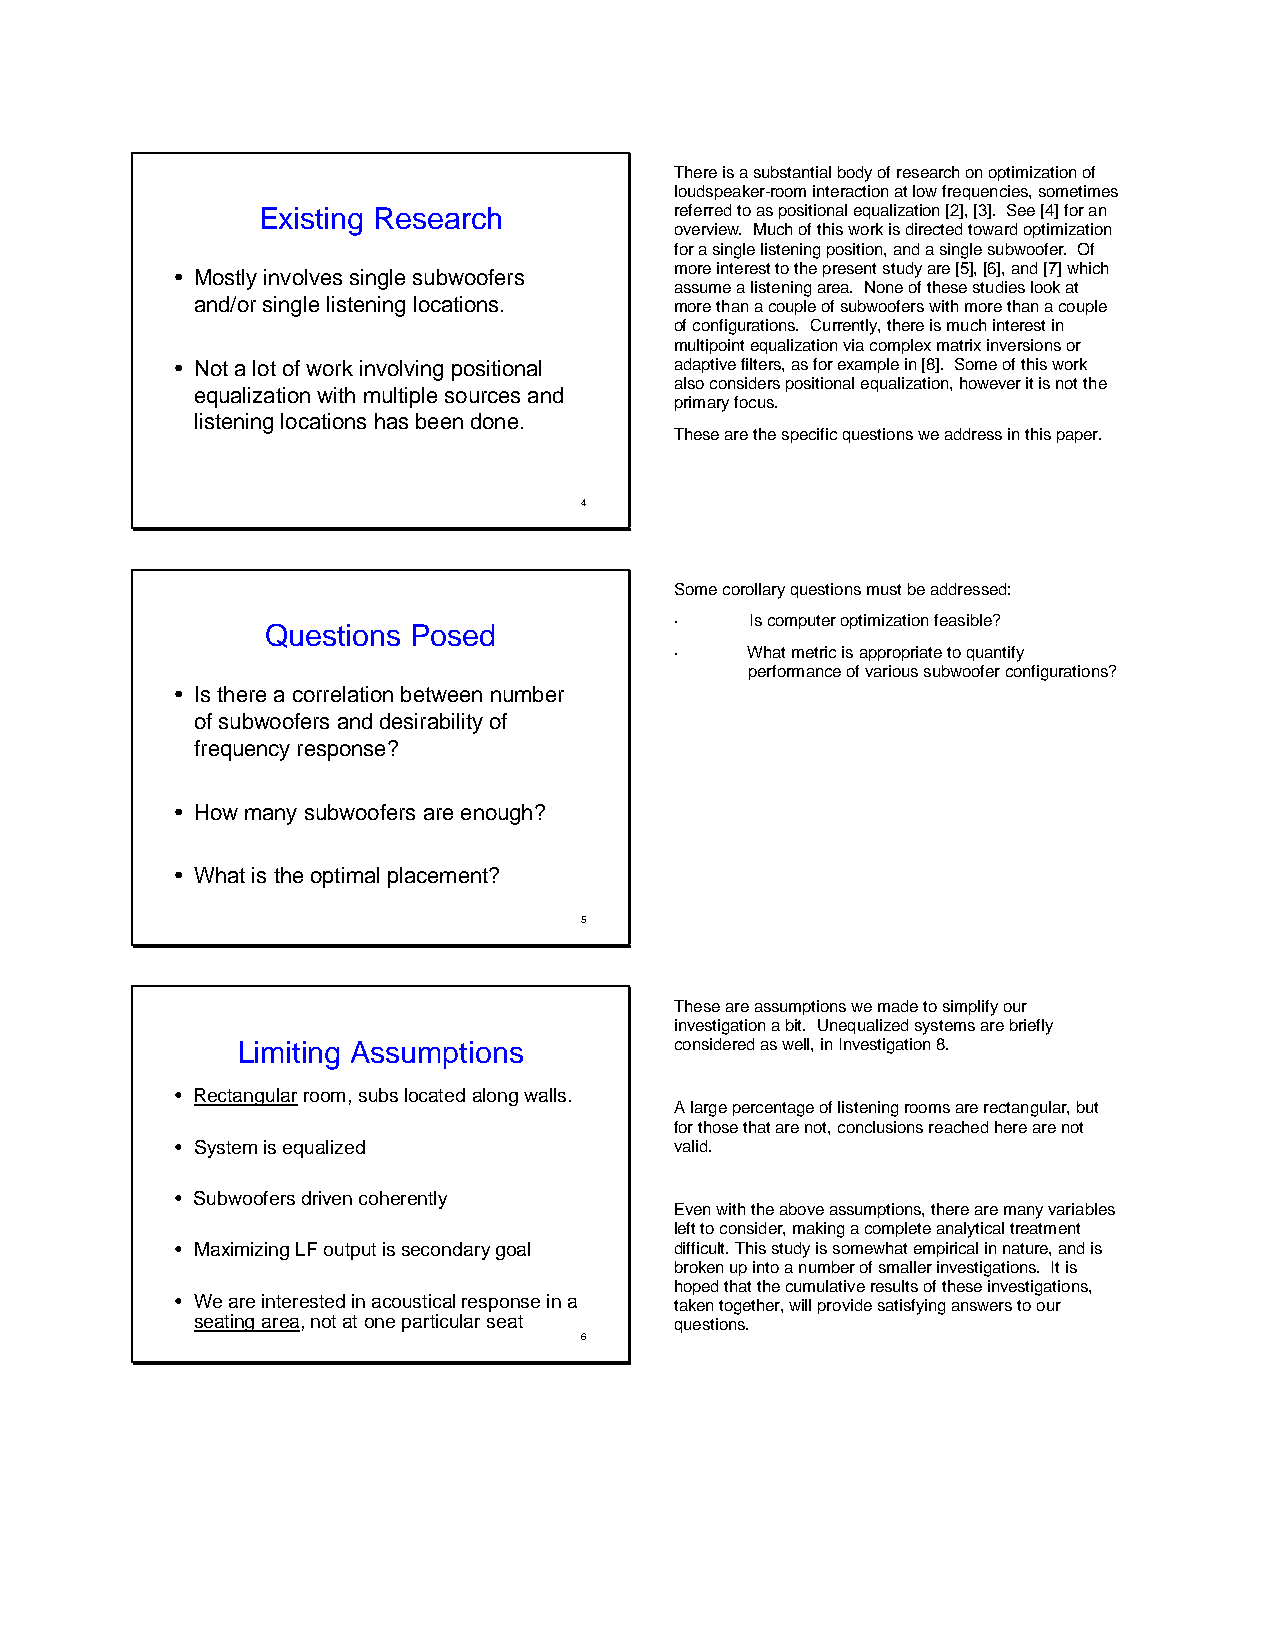
There is a substantial body of research on optimization of
 loudspeaker-room interaction at low frequencies, sometimes
 Existing Research           referred to as positional equalization [2], [3]. See [4] for an
 overview. Much of this work is directed toward optimization
 for a single listening position, and a single subwoofer. Of
 more interest to the present study are [5], [6], and [7] which
 • Mostly involves single subwoofers
 assume a listening area. None of these studies look at
 and/or single listening locations. more than a couple of subwoofers with more than a couple
 of configurations. Currently, there is much interest in
 multipoint equalization via complex matrix inversions or
 • Not a lot of work involving positional adaptive filters, as for example in [8]. Some of this work
 also considers positional equalization, however it is not the
 equalization with multiple sources and
 primary focus.
 listening locations has been done.
 These are the specific questions we address in this paper.
 4
 Some corollary questions must be addressed:
 ·    Is computer optimization feasible?
 Questions Posed
 ·    What metric is appropriate to quantify
 performance of various subwoofer configurations?
 • Is there a correlation between number
 of subwoofers and desirability of
 frequency response?
 • How many subwoofers are enough?
 • What is the optimal placement?
 5
 These are assumptions we made to simplify our
 investigation a bit. Unequalized systems are briefly
 Limiting Assumptions         considered as well, in Investigation 8.
 • Rectangularroom, subs located along walls.
 A large percentage of listening rooms are rectangular, but
 for those that are not, conclusions reached here are not
 • System is equalized            valid.
 • Subwoofers driven coherently
 Even with the above assumptions, there are many variables
 left to consider, making a complete analytical treatment
 • Maximizing LF output is secondary goal difficult. This study is somewhat empirical in nature, and is
 broken up into a number of smaller investigations. It is
 hoped that the cumulative results of these investigations,
 • We are interested in acoustical response in a taken together, will provide satisfying answers to our
 seating area, not at one particular seat questions.
 6